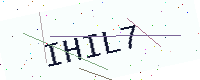
Text: IHIL7